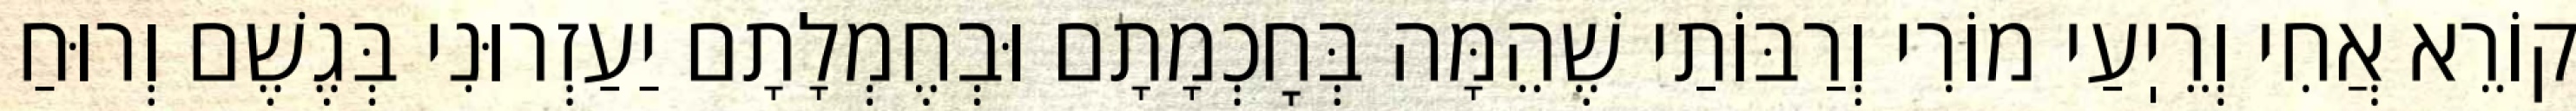
קוֹרֵא אֲחִי וְרֵיֽעַי מוֹרִי וְרַבּוֹתַי שֶׁהֵמָּה בְּחׇכְמָתָם וּבְחֶמְלָתָם יַעַזְרוּנִי בְּגֶשֶׁם וְרוּחַ